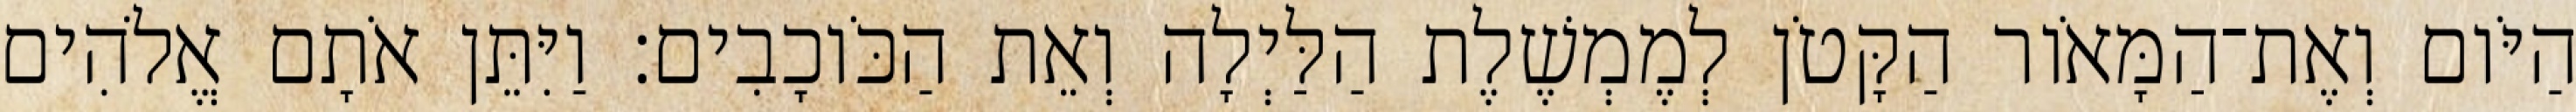
הַיֹּום וְאֶת־הַמָּאֹור הַקָּטֹן לְמֶמְשֶׁלֶת הַלַּיְלָה וְאֵת הַכֹּוכָבִים׃ וַיִּתֵּן אֹתָם אֱלֹהִים